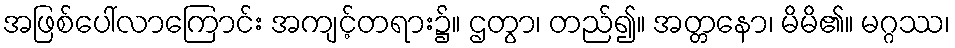
အဖြစ်ပေါ်လာကြောင်း အကျင့်တရား၌။ ဌတွာ၊ တည်၍။ အတ္တနော၊ မိမိ၏။ မဂ္ဂဿ၊